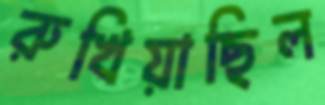
রুখিয়াছিল